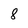
Character: 8